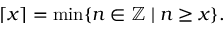
\lceil x \rceil = \operatorname* { m i n } \{ n \in \mathbb { Z } \mid n \geq x \} .